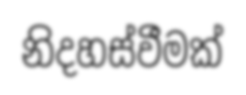
නිදහස්වීමක්